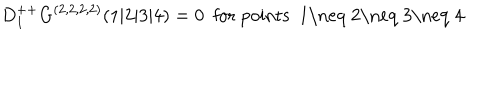
D _ { 1 } ^ { + + } G ^ { ( 2 , 2 , 2 , 2 ) } ( 1 \vert 2 \vert 3 \vert 4 ) = 0 \ \ \mathrm { f o r ~ p o i n t s ~ 1 \neq ~ 2 \neq ~ 3 \neq ~ 4 ~ }